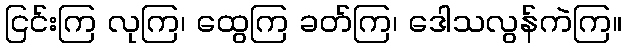
ငြင်းကြ လုကြ၊ ထွေကြ ခတ်ကြ၊ ဒေါသလွန်ကဲကြ။